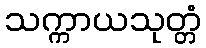
သက္ကာယသုတ္တံ